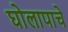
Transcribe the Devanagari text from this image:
घोलापाचे